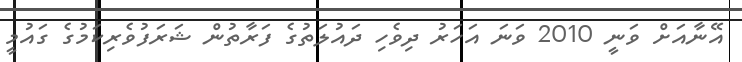
އޭނާއަށް ވަނީ 2010 ވަނަ އަހަރު ދިވެހި ދައުލަތުގެ ފަރާތުން ޝަރަފުވެރިކަމުގެ ގައުމީ